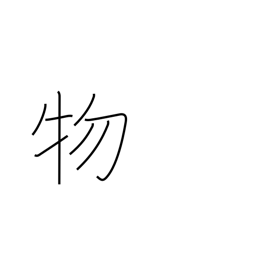
Meaning: matter